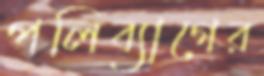
পলিব্যাগের